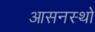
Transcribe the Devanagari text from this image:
आसनस्थो